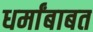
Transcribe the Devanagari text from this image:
धर्मांबाबत